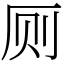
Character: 厕